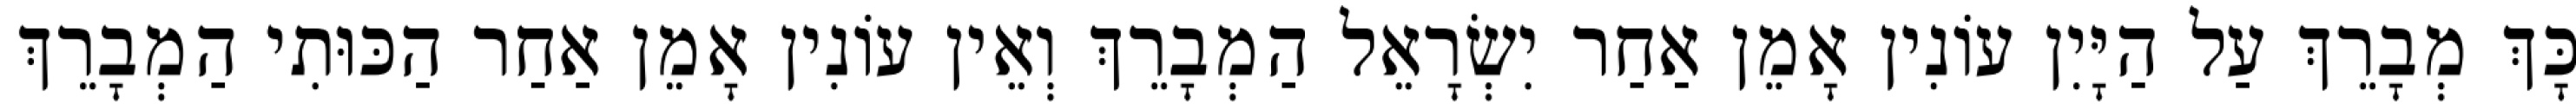
כָּךְ מְבָרֵךְ עַל הַיָּיִן עוֹנִין אָמֵן אַחַר יִשְׂרָאֵל הַמְבָרֵךְ וְאֵין עוֹנִין אָמֵן אַחַר הַכּוּתִי הַמְבָרֵךְ